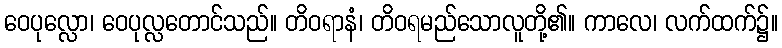
ဝေပုလ္လော၊ ဝေပုလ္လတောင်သည်။ တိဝရာနံ၊ တိဝရမည်သောလူတို့၏။ ကာလေ၊ လက်ထက်၌။